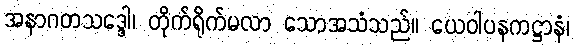
အနာဂတသဒ္ဒေါ၊ တိုက်ရိုက်မလာ သောအသံသည်။ ယေဝါပနကဋ္ဌာနံ၊